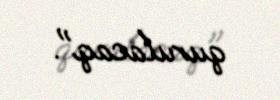
qurulacaq".